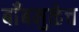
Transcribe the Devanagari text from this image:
बाँबमुळेच